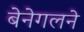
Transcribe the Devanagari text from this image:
बेनेगलने